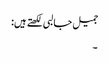
جمیل جالبی لکھتے ہیں:
۔